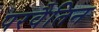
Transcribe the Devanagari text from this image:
परवैतिन